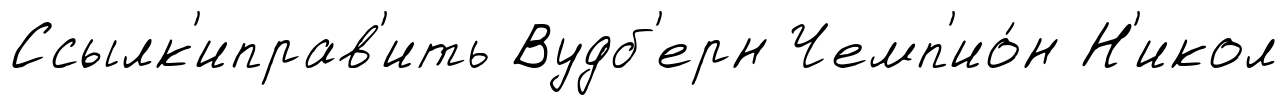
Ссылк'иправ'ить Вудб'ерн Чемп'ио́н Н'икол